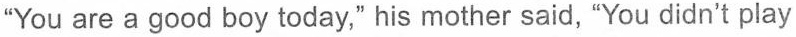
“You are a good boy today," his mother said, "You didn't play